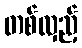
တစ်လှည့်